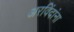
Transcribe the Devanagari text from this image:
अरविंदांना